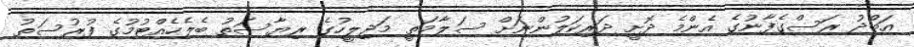
އަބްދު ރަސްގެފާނުގެ އެންމެ ދޮށީ ދަރިކަލުންނަށް ސަލާމަތީ މަޖިލީހުގެ ރިޔާސަތު ބެލެހެއްޓުމުގެ ފުރުސަތު